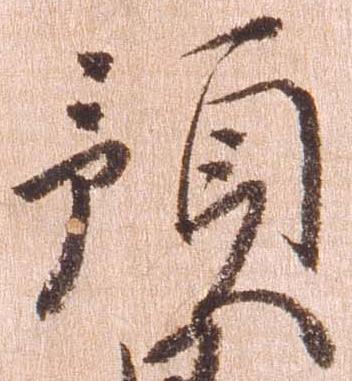
預